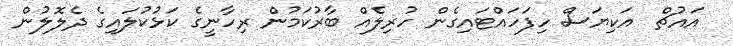
އައުޗް  އަކިޔަސް ހިފަހައްޓައިގެން ހުރިލެއް ބާރުކަމުން ރިހާނީގެ ކަޅުކުލައިގެ ދެލޮލުން